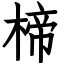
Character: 楴